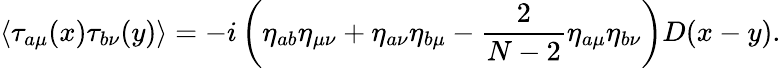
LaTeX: \langle\tau_{a\mu}(x)\tau_{b\nu}(y)\rangle=-i\left(\eta_{ab}\eta_{\mu\nu}+\eta_{a\nu}\eta_{b\mu}-\frac{2}{N-2}\eta_{a\mu}\eta_{b\nu}\right)D(x-y).